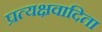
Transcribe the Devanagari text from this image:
प्रत्यक्षवादिता